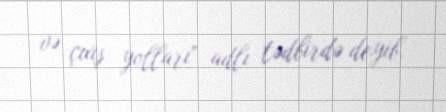
və çıxış yolları" adlı tədbirdə deyib.